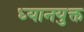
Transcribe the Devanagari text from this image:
ध्‍यानयुक्त